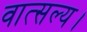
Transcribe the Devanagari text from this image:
वात्सल्य।